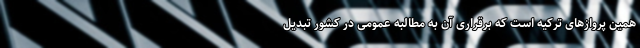
همین پرواز‌های ترکیه است که برقراری آن به مطالبه عمومی در کشور تبدیل